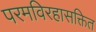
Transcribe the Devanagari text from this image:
परमविरहासक्तित